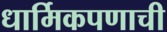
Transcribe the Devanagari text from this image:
धार्मिकपणाची